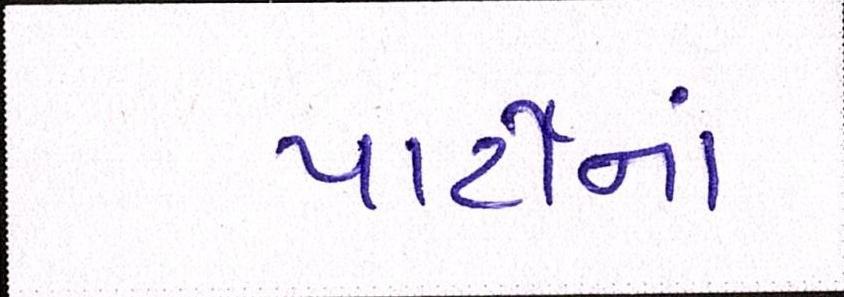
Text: પાર્ટીનાં